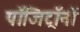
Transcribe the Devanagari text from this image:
पॉजिट्रॉनों